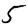
Digit: 5